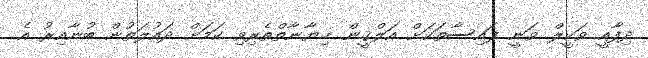
ދިފާއީ ވަކީލް ވަނީ ފައިސާތަކަށް އަލްޤީން ޚިޔާނާތްތެރިވި ކަމަށް ދައުލަތުން ބުނާއިރު އެ